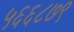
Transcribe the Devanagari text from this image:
५६६८७९